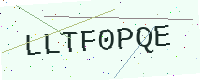
Text: LLTF0PQE